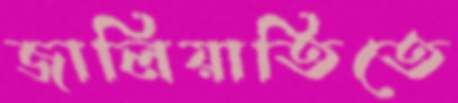
জালিয়াতিতে